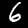
Label: 6